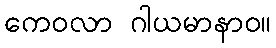
ကေဝလာ ဂါယမာနာဝ။